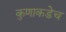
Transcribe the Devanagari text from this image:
कुणाकडेच